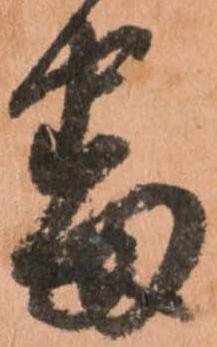
番